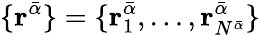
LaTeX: \{ \mathbf{r}^{\bar{\alpha}}\} =\{ \mathbf{r}_{1}^{\bar{\alpha}},\dots,\mathbf{r}_{N^{\bar{\alpha}}}^{\bar{\alpha}}\}